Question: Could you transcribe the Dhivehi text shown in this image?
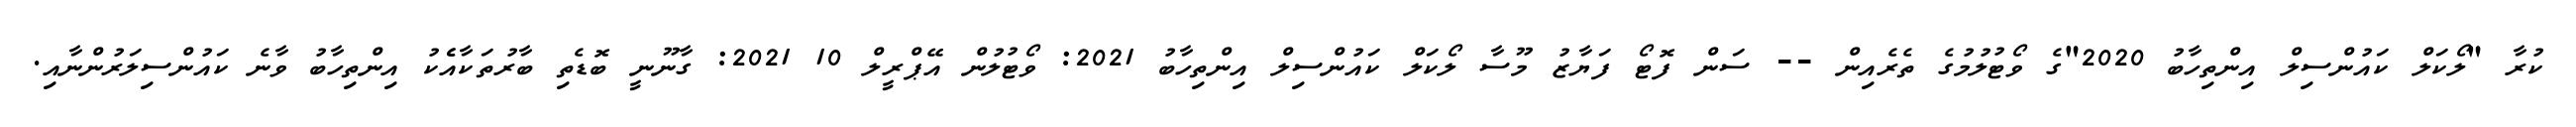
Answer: ކުރާ "ލޯކަލް ކައުންސިލް އިންތިހާބު 2020"ގެ ވޯޓުލުމުގެ ތެރެއިން -- ސަން ފޮޓޯ ފަޔާޒު މޫސާ ލޯކަލް ކައުންސިލް އިންތިހާބު 2021: ވޯޓުލުން އޭޕްރީލް 10 2021: ގާނޫނީ ބޮޑެތި ބާރުތަކާއެެކު އިންތިހާބު ވާނެ ކައުންސިލަރުންނާއި.